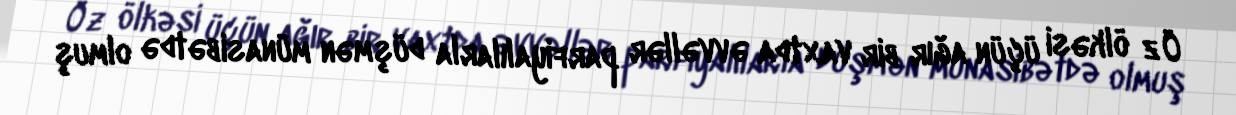
Öz ölkəsi üçün ağır bir vaxtda əvvəllər parfiyalılarla düşmən münasibətdə olmuş